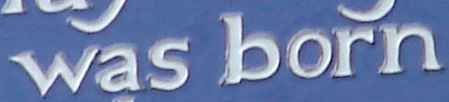
was born